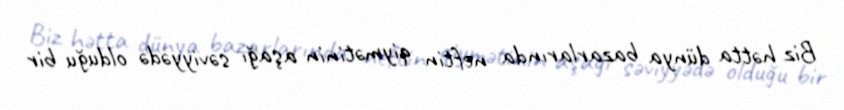
Biz hətta dünya bazarlarında neftin qiymətinin aşağı səviyyədə olduğu bir